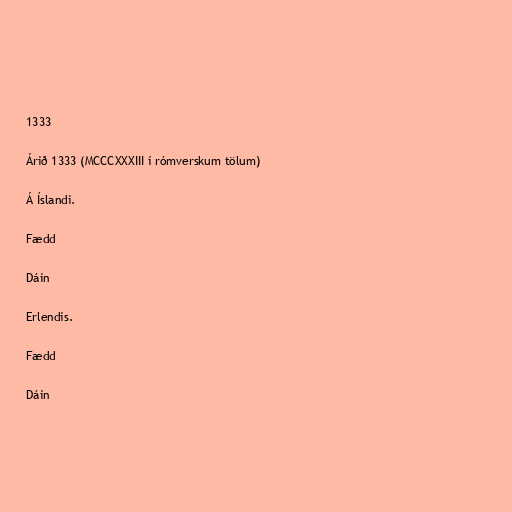
1333

Árið 1333 (MCCCXXXIII í rómverskum tölum)

Á Íslandi.

Fædd

Dáin

Erlendis.

Fædd

Dáin